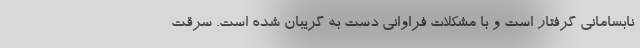
نابسامانی گرفتار است و با مشکلات فراوانی دست به گریبان شده است. سرقت